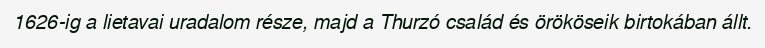
1626-ig a lietavai uradalom része, majd a Thurzó család és örököseik birtokában állt.